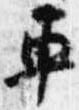
車